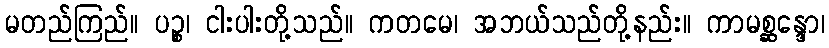
မတည်ကြည်။ ပဉ္စ၊ ငါးပါးတို့သည်။ ကတမေ၊ အဘယ်သည်တို့နည်း။ ကာမစ္ဆန္ဒော၊